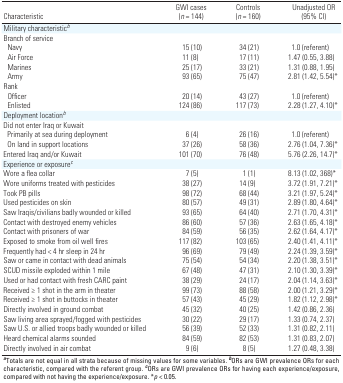
<table><thead><tr><td><b>Characteristic </b></td><td><b>GWI cases (<i>n</i> = 144)</b></td><td><b>Controls (<i>n</i> = 160)</b></td><td><b>Unadjusted OR (95% CI)</b></td></tr></thead><tbody><tr><td>Military characteristic<i>b</i></td><td></td><td></td><td></td><td></td><td></td><td></td></tr><tr><td>Branch of service</td><td></td><td></td><td></td><td></td><td></td><td></td></tr><tr><td>Navy</td><td></td><td>15 (10)</td><td></td><td>34 (21)</td><td></td><td>1.0 (referent)</td></tr><tr><td>Air Force</td><td></td><td>11 (8)</td><td></td><td>17 (11)</td><td></td><td>1.47 (0.55, 3.88)</td></tr><tr><td>Marines</td><td></td><td>25 (17)</td><td></td><td>33 (21)</td><td></td><td>1.31 (0.88, 1.95)</td></tr><tr><td>Army</td><td></td><td>93 (65)</td><td></td><td>75 (47)</td><td></td><td>2.81 (1.42, 5.54)*</td></tr><tr><td>Rank</td><td></td><td></td><td></td><td></td><td></td><td></td></tr><tr><td>Officer</td><td></td><td>20 (14)</td><td></td><td>43 (27)</td><td></td><td>1.0 (referent)</td></tr><tr><td>Enlisted</td><td></td><td>124 (86)</td><td></td><td>117 (73)</td><td></td><td>2.28 (1.27, 4.10)*</td></tr><tr><td>Deployment location<i>b</i></td><td></td><td></td><td></td><td></td><td></td><td></td></tr><tr><td>Did not enter Iraq or Kuwait</td><td></td><td></td><td></td><td></td><td></td><td></td></tr><tr><td>Primarily at sea during deployment</td><td></td><td>6 (4)</td><td></td><td>26 (16)</td><td></td><td>1.0 (referent)</td></tr><tr><td>On land in support locations</td><td></td><td>37 (26)</td><td></td><td>58 (36)</td><td></td><td>2.76 (1.04, 7.36)*</td></tr><tr><td>Entered Iraq and/or Kuwait</td><td></td><td>101 (70)</td><td></td><td>76 (48)</td><td></td><td>5.76 (2.26, 14.7)*</td></tr><tr><td>Experience or exposure<i>c</i></td><td></td><td></td><td></td><td></td><td></td><td></td></tr><tr><td>Wore a flea collar</td><td></td><td>7 (5)</td><td></td><td>1 (1)</td><td></td><td>8.13 (1.02, 368)*</td></tr><tr><td>Wore uniforms treated with pesticides</td><td></td><td>38 (27)</td><td></td><td>14 (9)</td><td></td><td>3.72 (1.91, 7.21)*</td></tr><tr><td>Took PB pills</td><td></td><td>98 (72)</td><td></td><td>68 (44)</td><td></td><td>3.21 (1.97, 5.24)*</td></tr><tr><td>Used pesticides on skin</td><td></td><td>80 (57)</td><td></td><td>49 (31)</td><td></td><td>2.89 (1.80, 4.64)*</td></tr><tr><td>Saw Iraqis/civilians badly wounded or killed</td><td></td><td>93 (65)</td><td></td><td>64 (40)</td><td></td><td>2.71 (1.70, 4.31)*</td></tr><tr><td>Contact with destroyed enemy vehicles</td><td></td><td>86 (60)</td><td></td><td>57 (36)</td><td></td><td>2.63 (1.65, 4.18)*</td></tr><tr><td>Contact with prisoners of war</td><td></td><td>84 (59)</td><td></td><td>56 (35)</td><td></td><td>2.62 (1.64, 4.17)*</td></tr><tr><td>Exposed to smoke from oil well fires</td><td></td><td>117 (82)</td><td></td><td>103 (65)</td><td></td><td>2.40 (1.41, 4.11)*</td></tr><tr><td>Frequently had &lt; 4 hr sleep in 24 hr</td><td></td><td>96 (69)</td><td></td><td>79 (49)</td><td></td><td>2.24 (1.39, 3.59)*</td></tr><tr><td>Saw or came in contact with dead animals</td><td></td><td>75 (54)</td><td></td><td>54 (34)</td><td></td><td>2.20 (1.38, 3.51)*</td></tr><tr><td>SCUD missile exploded within 1 mile</td><td></td><td>67 (48)</td><td></td><td>47 (31)</td><td></td><td>2.10 (1.30, 3.39)*</td></tr><tr><td>Used or had contact with fresh CARC paint</td><td></td><td>38 (29)</td><td></td><td>24 (17)</td><td></td><td>2.04 (1.14, 3.63)*</td></tr><tr><td>Received ≥ 1 shot in the arm in theater</td><td></td><td>99 (73)</td><td></td><td>88 (58)</td><td></td><td>2.00 (1.21, 3.29)*</td></tr><tr><td>Received ≥ 1 shot in buttocks in theater</td><td></td><td>57 (43)</td><td></td><td>45 (29)</td><td></td><td>1.82 (1.12, 2.98)*</td></tr><tr><td>Directly involved in ground combat</td><td></td><td>45 (32)</td><td></td><td>40 (25)</td><td></td><td>1.42 (0.86, 2.36)</td></tr><tr><td>Saw living area sprayed/fogged with pesticides</td><td></td><td>30 (22)</td><td></td><td>29 (17)</td><td></td><td>1.33 (0.74, 2.37)</td></tr><tr><td>Saw U.S. or allied troops badly wounded or killed</td><td></td><td>56 (39)</td><td></td><td>52 (33)</td><td></td><td>1.31 (0.82, 2.11)</td></tr><tr><td>Heard chemical alarms sounded</td><td></td><td>84 (59)</td><td></td><td>82 (53)</td><td></td><td>1.31 (0.83, 2.07)</td></tr><tr><td>Directly involved in air combat</td><td></td><td>9 (6)</td><td></td><td>8 (5)</td><td></td><td>1.27 (0.48, 3.38)</td></tr><tr><td colspan="7"><b>a</b>Totals are not equal in all strata because ofmissing values for some variables. <b>b</b>ORs are GWI prevalence ORsfor each characteristic, compared with the referent group. <b>c</b>ORsare GWI prevalence ORs for having each experience/exposure, comparedwith not having the experience/exposure. *<i>p</i> &lt; 0.05. </td></tr></tbody></table>